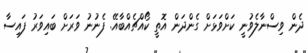
ދެން ވިސްނާލެވުނީ ކަށްވަޅަށް ގެންދަން އޮތީ ކޯއްޗެއްބާއޭ. ފެނުނު ވަރަށް ބައިވަރު ފައިސާ